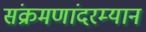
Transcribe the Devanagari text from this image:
संक्रमणांदरम्यान